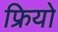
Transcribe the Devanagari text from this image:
फ्रियो